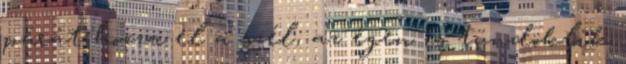
párát hozza el a szél, az égen is tündöklik